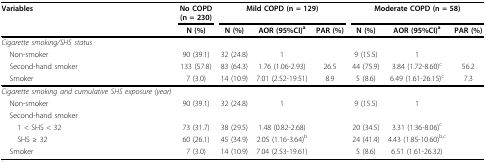
<table><thead><tr><td><b>Variables</b></td><td><b>No COPD (n = 230)</b></td><td colspan="3"><b>Mild COPD (n = 129)</b></td><td colspan="3"><b>Moderate COPD (n = 58)</b></td></tr><tr><td></td><td><b>N (%)</b></td><td><b>N (%)</b></td><td><b>AOR (95%CI)<sup>a</sup></b></td><td><b>PAR (%)</b></td><td><b>N (%)</b></td><td><b>AOR (95%CI)<sup>a</sup></b></td><td><b>PAR (%)</b></td></tr></thead><tbody><tr><td><i>Cigarette smoking/SHS status</i></td><td></td><td></td><td></td><td></td><td></td><td></td><td></td></tr><tr><td> Non-smoker</td><td>90 (39.1)</td><td>32 (24.8)</td><td>1</td><td></td><td>9 (15.5)</td><td>1</td><td></td></tr><tr><td> Second-hand smoker</td><td>133 (57.8)</td><td>83 (64.3)</td><td>1.76 (1.06-2.93)</td><td>26.5</td><td>44 (75.9)</td><td>3.84 (1.72-8.60)<sup>c</sup></td><td>56.2</td></tr><tr><td> Smoker</td><td>7 (3.0)</td><td>14 (10.9)</td><td>7.01 (2.52-19.51)</td><td>8.9</td><td>5 (8.6)</td><td>6.49 (1.61-26.15)<sup>c</sup></td><td>7.3</td></tr><tr><td><i>Cigarette smoking and cumulative SHS exposure (year)</i></td><td></td><td></td><td></td><td></td><td></td><td></td><td></td></tr><tr><td> Non-smoker</td><td>90 (39.1)</td><td>32 (24.8)</td><td>1</td><td></td><td>9 (15.5)</td><td>1</td><td></td></tr><tr><td> Second-hand smoker</td><td></td><td></td><td></td><td></td><td></td><td></td><td></td></tr><tr><td>1 &lt; SHS &lt; 32</td><td>73 (31.7)</td><td>38 (29.5)</td><td>1.48 (0.82-2.68)</td><td></td><td>20 (34.5)</td><td>3.31 (1.36-8.06)<sup>c</sup></td><td></td></tr><tr><td>SHS ≥ 32</td><td>60 (26.1)</td><td>45 (34.9)</td><td>2.05 (1.16-3.64)<sup>b</sup></td><td></td><td>24 (41.4)</td><td>4.43 (1.85-10.60)<sup>b,c</sup></td><td></td></tr><tr><td> Smoker</td><td>7 (3.0)</td><td>14 (10.9)</td><td>7.04 (2.53-19.61)</td><td></td><td>5 (8.6)</td><td>6.51 (1.61-26.32)</td><td></td></tr></tbody></table>